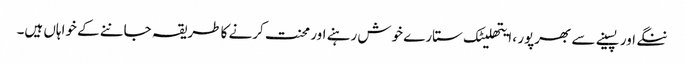
ننگے اور پسینے سے بھرپور ، ایتھلیٹک ستارے خوش رہنے اور محنت کرنے کا طریقہ جاننے کے خواہاں ہیں۔